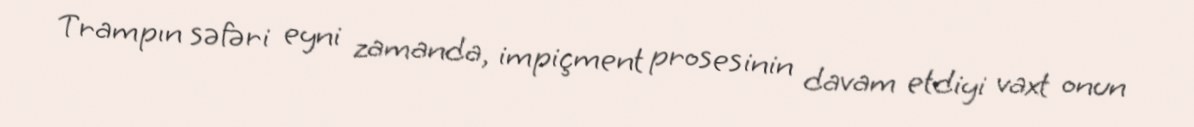
Trampın səfəri eyni zamanda, impiçment prosesinin davam etdiyi vaxt onun